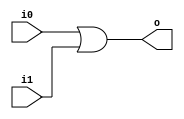
module or32(/*AUTOARG*/
   // Outputs
   o,
   // Inputs
   i0, i1
   );
   input [31:0] i0, i1;
   output [31:0] o;

   /*AUTOWIRE*/
   /*AUTOREG*/

   assign o = i0 | i1;

endmodule